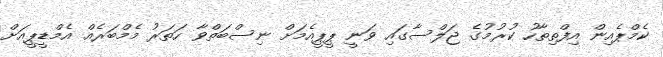
ކެމްޕެއިން އިފްތިތާހު ކުރުމުގެ ޖަލްސާގައި ވަނީ ޕީޕީއެމަށް ނިސްބަތްވާ ހަތަރު މެމްބަރެއް އެމްޑީޕީއަށް